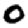
Digit: 0